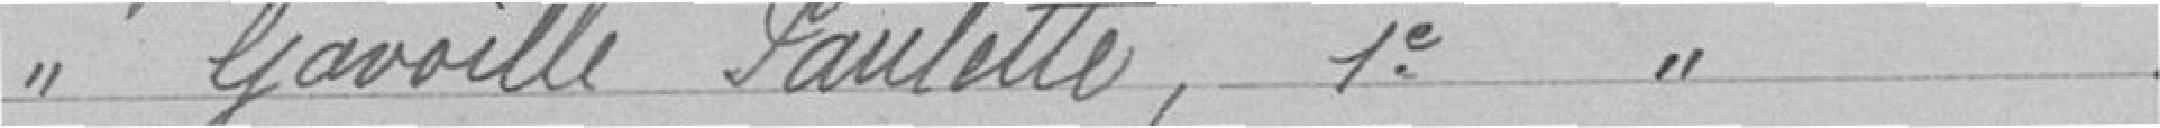
Melle GAVOILLE Paulette 1ère année secondaire